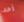
أحد